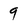
Character: 9